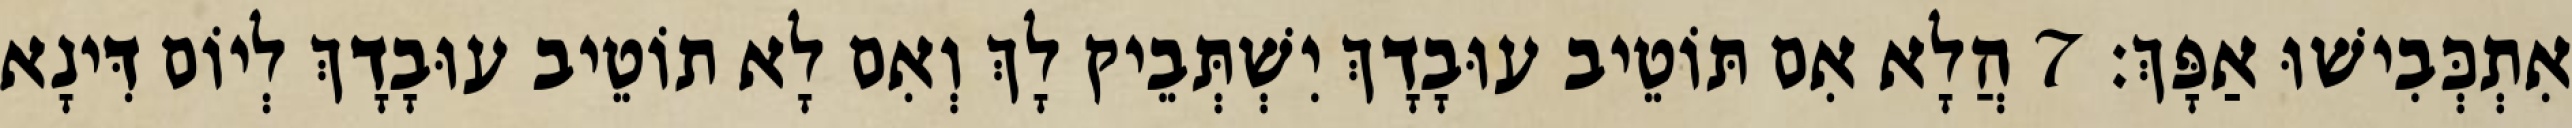
אִתְכְּבִישׁוּ אַפָּךְ׃ 7 הֲלָא אִם תּוֹטֵיב עוּבָדָךְ יִשְׁתְּבֵיק לָךְ וְאִם לָא תוֹטֵיב עוּבָדָךְ לְיוֹם דִּינָא